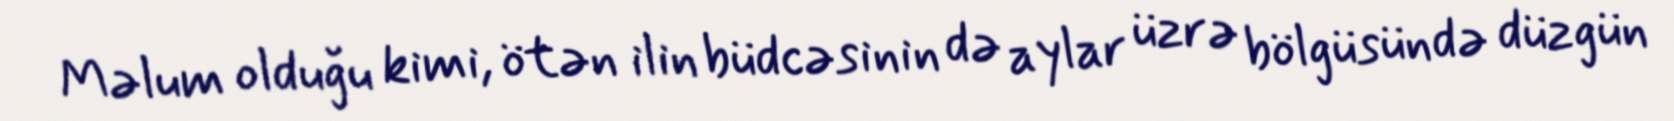
Məlum olduğu kimi, ötən ilin büdcəsinin də aylar üzrə bölgüsündə düzgün